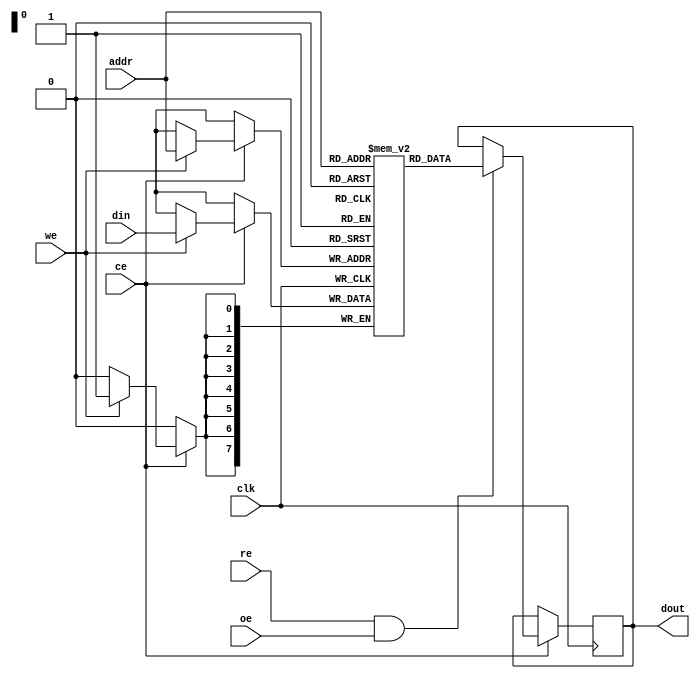
module sync_sram #(
    parameter DATA_WIDTH = 8,      // Configurable data width (8, 16, 32 bits)
    parameter ADDR_WIDTH = 8,      // Address width (2^ADDR_WIDTH locations)
    parameter MEM_DEPTH = 1 << ADDR_WIDTH // Memory depth
)(
    input wire clk,                 // Clock signal
    input wire we,                  // Write enable signal
    input wire re,                  // Read enable signal
    input wire [ADDR_WIDTH-1:0] addr, // Address input
    input wire [DATA_WIDTH-1:0] din,  // Data input
    output reg [DATA_WIDTH-1:0] dout, // Data output
    input wire ce,                  // Chip enable
    input wire oe                   // Output enable
);

    // Memory array declaration
    reg [DATA_WIDTH-1:0] mem [0:MEM_DEPTH-1];

    // Control logic for read and write operations
    always @(posedge clk) begin
        if (ce) begin
            if (we) begin
                // Write operation
                mem[addr] <= din;
            end
            if (re && oe) begin
                // Read operation
                dout <= mem[addr];
            end
        end
    end

endmodule